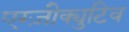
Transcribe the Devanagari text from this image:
एग्ज़ीक्युटिव